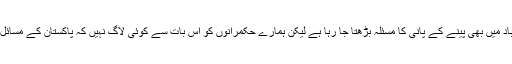
وفاقی دارالحکومت اسلام آباد میں بھی پینے کے پانی کا مسئلہ بڑھتا جا رہا ہے لیکن ہمارے حکمرانوں کو اس بات سے کوئی لاگ نہیں کہ پاکستان کے مسائل کس طرح حل کرنے ہیں۔